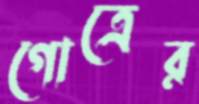
গোত্রের